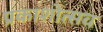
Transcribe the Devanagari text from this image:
प्रकाशोत्‍सव